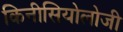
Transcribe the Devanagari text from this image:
किनीसियोलोजी